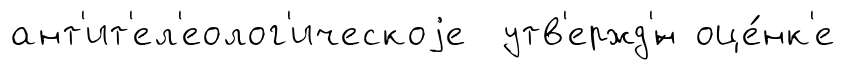
ант'ит'ел'еолог'ическоjе утв'ержд'́н оце́нк'е